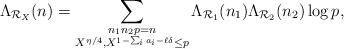
LaTeX: \begin{align*}\Lambda_{\mathcal{R}_X}(n)=\sum_{\substack{n_1n_2p=n\\ X^{\eta/4},X^{1-\sum_ia_i-\ell\delta}\le p}}\Lambda_{\mathcal{R}_1}(n_1)\Lambda_{\mathcal{R}_2}(n_2)\log{p},\end{align*}